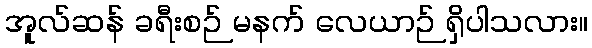
အူလ်ဆန် ခရီးစဉ် မနက် လေယာဉ် ရှိပါသလား။